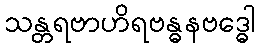
သန္တရဗာဟိရဗန္ဓနဗဒ္ဓေါ